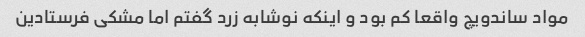
مواد ساندویچ واقعا کم بود و اینکه نوشابه زرد گفتم اما مشکی فرستادین